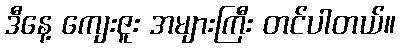
ဒီနေ့ ကျေးဇူး အများကြီး တင်ပါတယ်။